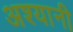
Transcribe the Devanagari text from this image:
अश्यानी